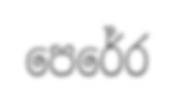
පෙරේර